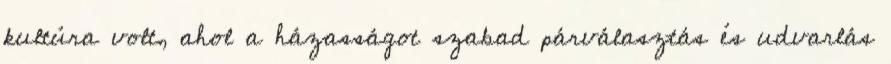
kultúra volt, ahol a házasságot szabad párválasztás és udvarlás